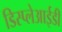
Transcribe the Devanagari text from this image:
डिस्प्लेआईडी